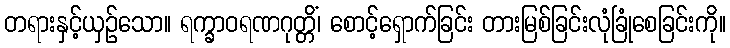
တရားနှင့်ယှဉ်သော။ ရက္ခာဝရဏဂုတ္တိံ၊ စောင့်ရှောက်ခြင်း တားမြစ်ခြင်းလုံခြုံစေခြင်းကို။